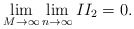
\begin{align*}\lim_{M\rightarrow\infty}\lim_{n\rightarrow\infty} II_2 = 0 .\end{align*}